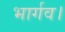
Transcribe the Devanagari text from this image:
भार्गव।